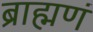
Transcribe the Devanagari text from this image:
ब्राह्मणं